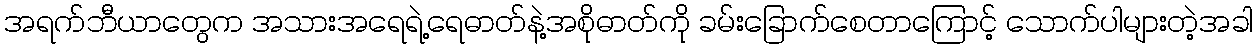
အရက်ဘီယာတွေက အသားအရေရဲ့ရေဓာတ်နဲ့အစိုဓာတ်ကို ခမ်းခြောက်စေတာကြောင့် သောက်ပါများတဲ့အခါ